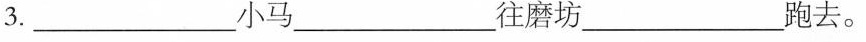
3._____小马______往磨坊______跑去。